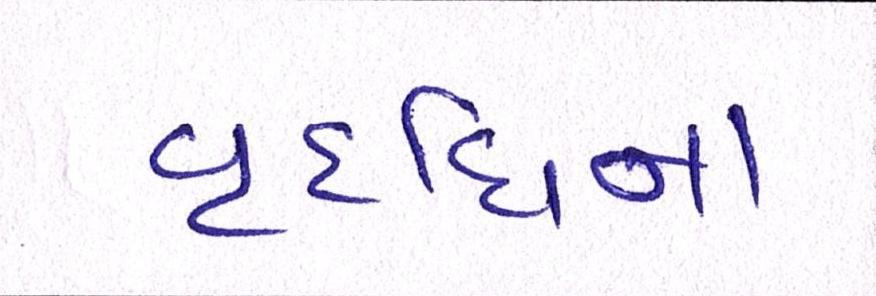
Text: વૃદ્ધિના